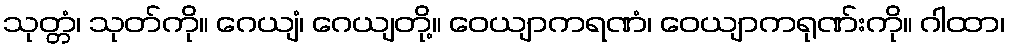
သုတ္တံ၊ သုတ်ကို။ ဂေယျံ၊ ဂေယျတို့။ ဝေယျာကရဏံ၊ ဝေယျာကရုဏ်းကို။ ဂါထာ၊